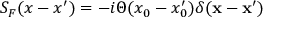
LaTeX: S _ { F } ( x - x ^ { \prime } ) = - i \Theta ( x _ { 0 } - x _ { 0 } ^ { \prime } ) \delta ( { \bf x } - { \bf x } ^ { \prime } )